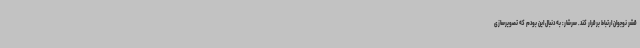
قشر نوجوان ارتباط برقرار کند. سرشار: به دنبال این بودم که تصویرسازی